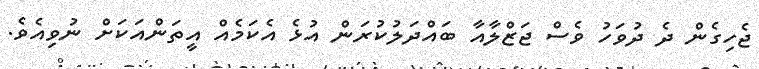
ޖެހިގެން ދެ ދުވަހު ވެސް ޖަޒްލާއާ ބައްދަލުކުރަން އުޅެ އެކަމެއް އީތަންއަކަށް ނުވިއެވެ.